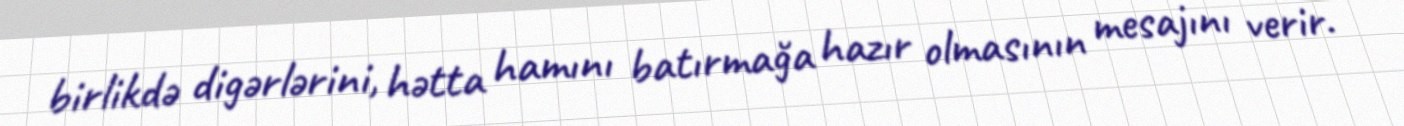
birlikdə digərlərini, hətta hamını batırmağa hazır olmasının mesajını verir.